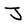
Character: J